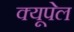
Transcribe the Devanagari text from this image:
क्यूपेल